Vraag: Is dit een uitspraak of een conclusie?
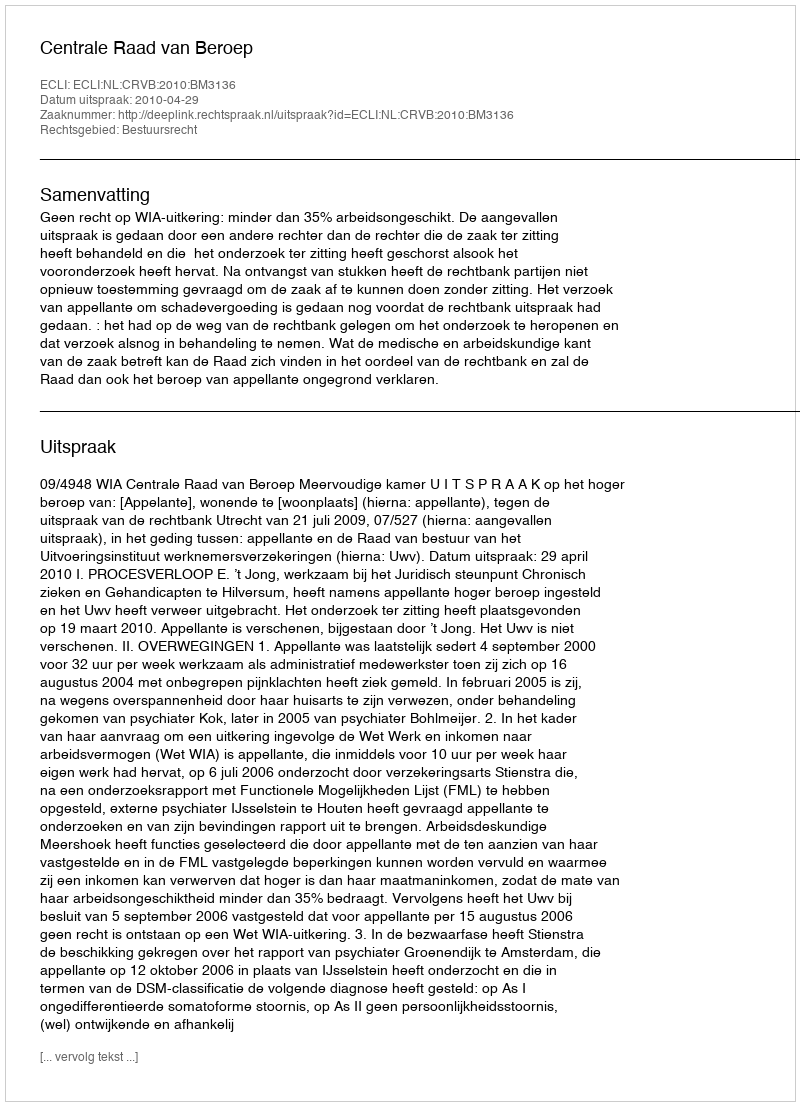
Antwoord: Uitspraak